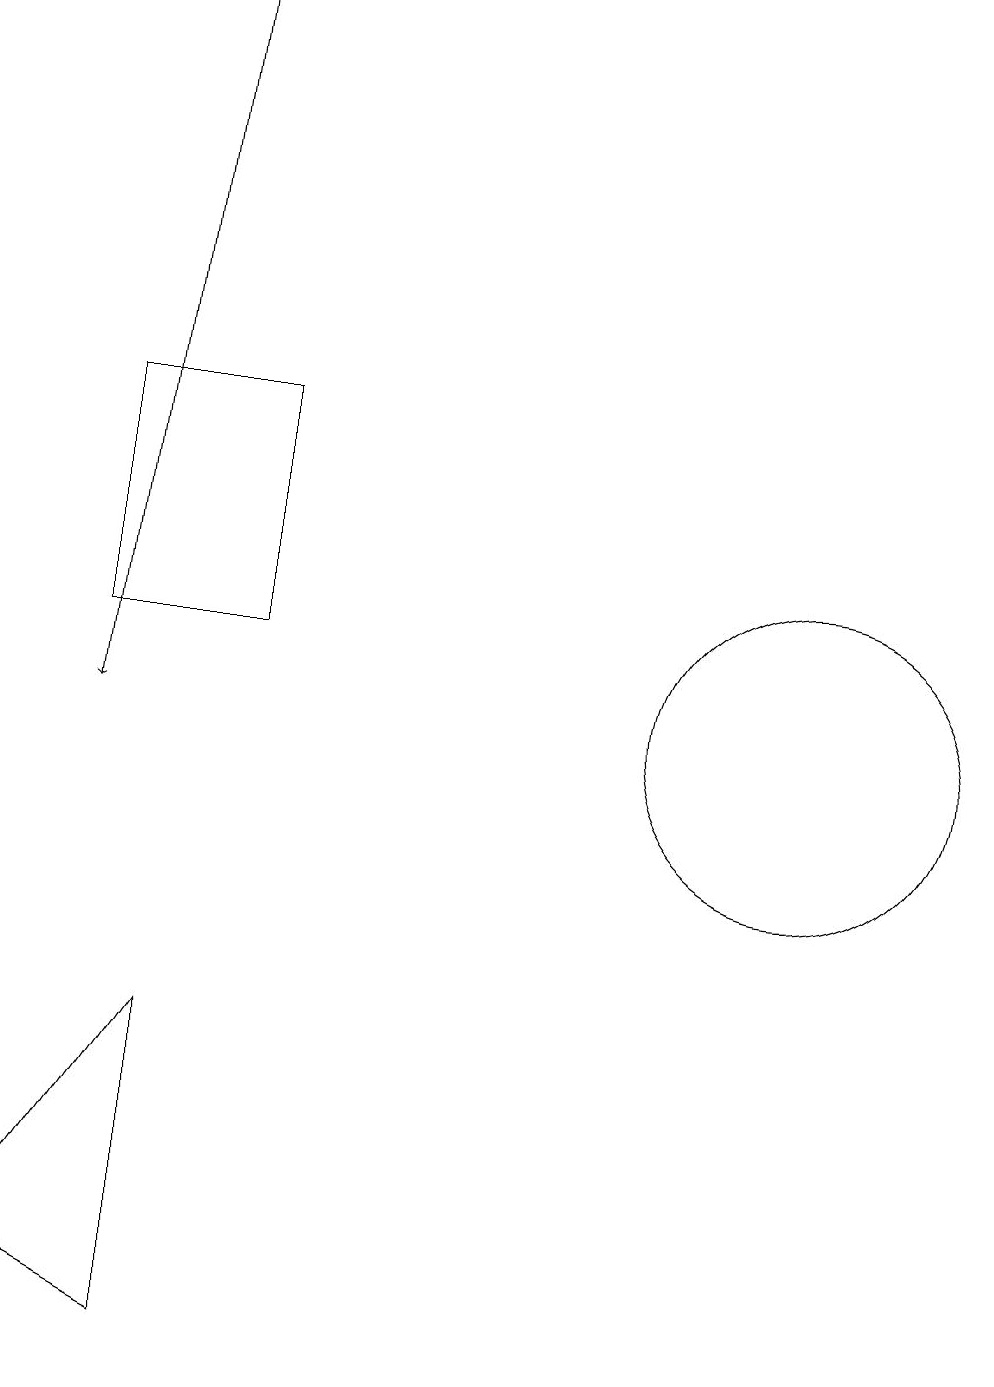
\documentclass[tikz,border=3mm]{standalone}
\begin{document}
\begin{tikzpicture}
\draw (5,11) rectangle (3,14);
\draw (12,10) circle (2);
\draw[->] (4,19) -- (3,10);
\draw (4,6) -- (2,3) -- (4,2) -- cycle;
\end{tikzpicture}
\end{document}